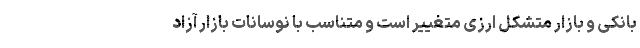
بانکی و بازار متشکل ارزی متغییر است و متناسب با نوسانات بازار آزاد